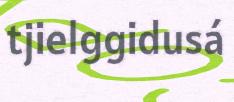
tjielggidusá